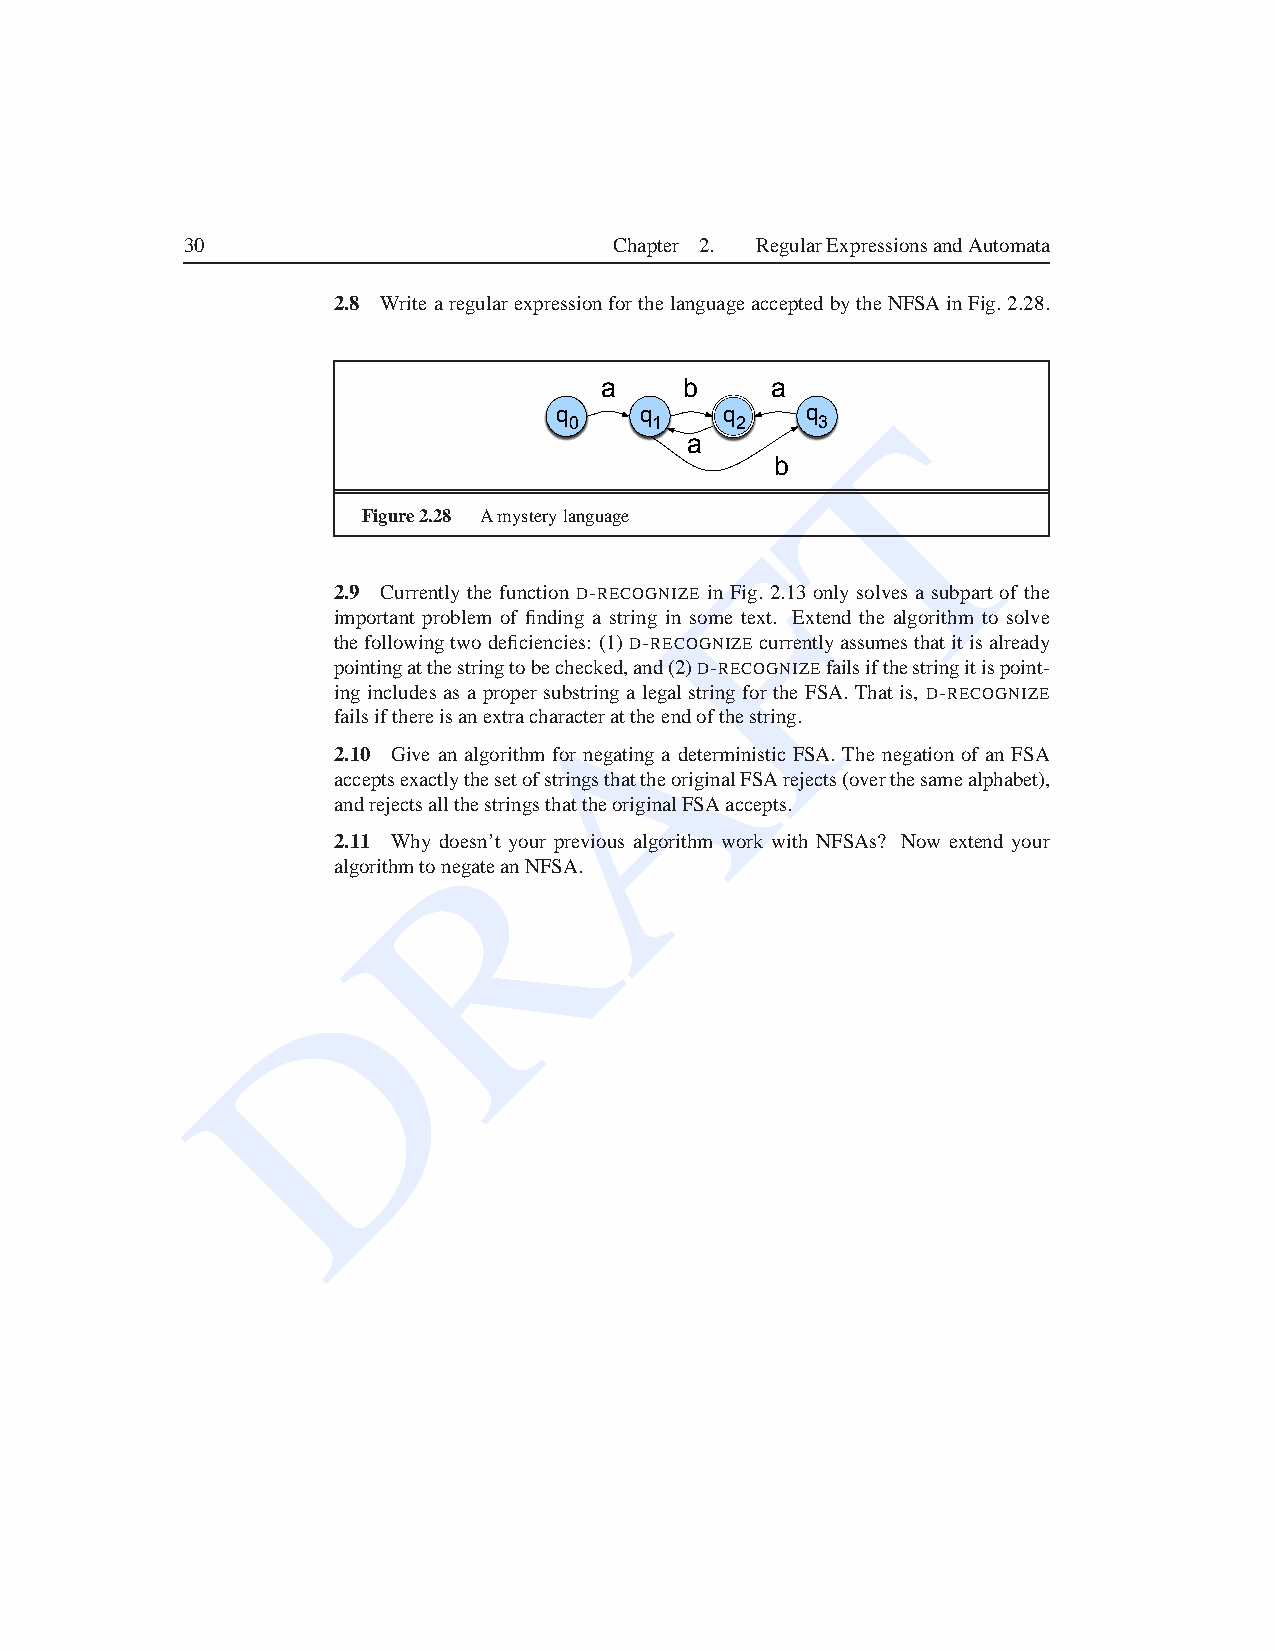
30                           Chapter 2. RegularExpressionsandAutomata
 2.8 WritearegularexpressionforthelanguageacceptedbytheNFSAinFig.2.28.
 a    b     a
 T
 q    q     q    q
 0    1     2    3
 a
 b
 Figure2.28 Amysterylanguage
 F
 2.9 Currently the function D-RECOGNIZE in Fig. 2.13 only solves a subpart of the
 important problem of finding a string in some text. Extend the algorithm to solve
 thefollowingtwodeficiencies: (1)D-RECOGNIZE currentlyassumesthatitisalready
 A
 pointingatthestringtobechecked,and(2)D-RECOGNIZEfailsifthestringitispoint-
 ing includesas a propersubstring a legalstring for the FSA. Thatis, D-RECOGNIZE
 failsifthereisanextracharacterattheendofthestring.
 2.10 Give an algorithm for negating a deterministic FSA. The negation of an FSA
 acceptsexactlythesetofstringsthattheoriginalFSArejects(overthesamealphabet),
 andrejectsallthestringsthattheoriginalFSAaccepts.
 R
 2.11 Why doesn’t your previous algorithm work with NFSAs? Now extend your
 algorithmtonegateanNFSA.
 D